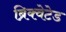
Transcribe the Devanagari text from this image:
ब्रिक्वेटेड